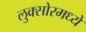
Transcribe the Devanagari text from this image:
लुक्सोरमध्ये